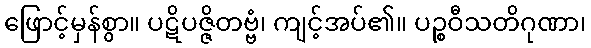
ဖြောင့်မှန်စွာ။ ပဋိပဇ္ဇိတဗ္ဗံ၊ ကျင့်အပ်၏။ ပဉ္စဝီသတိဂုဏာ၊